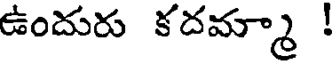
ఉందురు కదమ్మా !